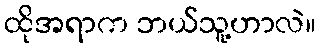
ထိုအရာက ဘယ်သူ့ဟာလဲ။